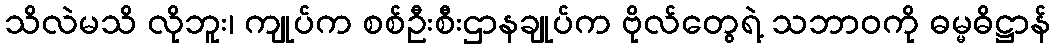
သိလဲမသိ လိုဘူး၊ ကျုပ်က စစ်ဦးစီးဌာနချုပ်က ဗိုလ်တွေရဲ့ သဘာဝကို ဓမ္မဓိဋ္ဌာန်